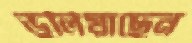
ভুলিয়াছেন